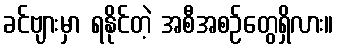
ခင်ဗျားမှာ ရနိုင်တဲ့ အစီအစဉ်တွေရှိလား။